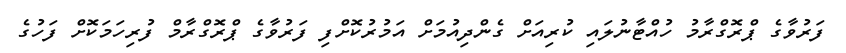
ފަރުވާގެ ޕްރޮގްރާމު ހުއްޓާނުލައި ކުރިއަށް ގެންދިއުމަށް އަމުރުކޮށްފި ފަރުވާގެ ޕްރޮގްރާމް ފުރިހަމަކޮށް ފަހުގެ